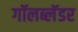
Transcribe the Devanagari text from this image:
गॉलब्लॅडर